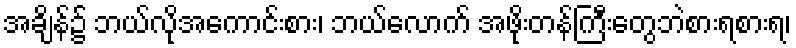
အချိန်၌ ဘယ်လိုအကောင်းစား၊ ဘယ်လောက် အဖိုးတန်ကြီးတွေဘဲစားရစားရ၊